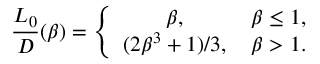
\frac { L _ { 0 } } { D } ( \beta ) = { \left\{ \begin{array} { l } { \qquad \beta , \qquad \quad \beta \le 1 , } \\ { ( 2 \beta ^ { 3 } + 1 ) / 3 , \quad \beta > 1 . } \end{array} \right. }